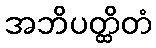
အဘိပတ္ထိတံ